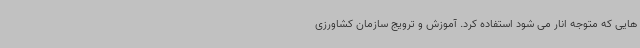
هایی که متوجه انار می شود استفاده کرد. آموزش و ترویج سازمان کشاورزی